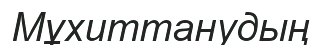
Мұхиттанудың